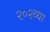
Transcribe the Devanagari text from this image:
२०२व्या